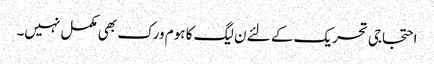
احتجاجی تحریک کے لئے ن لیگ کا ہوم ورک بھی مکمل نہیں۔